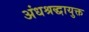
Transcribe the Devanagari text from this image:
अंधश्रद्धायुक्त